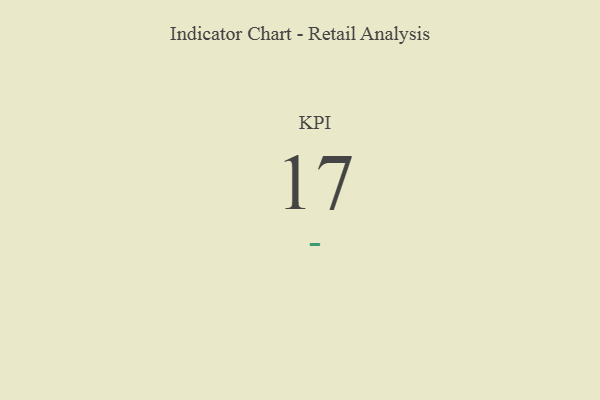
{"axis": {"x": "KPI", "y": "Value"}, "legend": [""], "data": [{"x": "KPI", "y": 17, "type": ""}]}